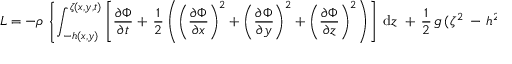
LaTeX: L = - \rho \, \left\{ \int _ { - h ( x , y ) } ^ { \zeta ( x , y , t ) } \left[ { \frac { \partial \Phi } { \partial t } } + \, { \frac { 1 } { 2 } } \left( \left( { \frac { \partial \Phi } { \partial x } } \right) ^ { 2 } + \left( { \frac { \partial \Phi } { \partial y } } \right) ^ { 2 } + \left( { \frac { \partial \Phi } { \partial z } } \right) ^ { 2 } \right) \right] \; { \mathrm { d } } z \; + \, { \frac { 1 } { 2 } } \, g \, ( \zeta ^ { 2 } \, - \, h ^ { 2 } ) \right\} ,